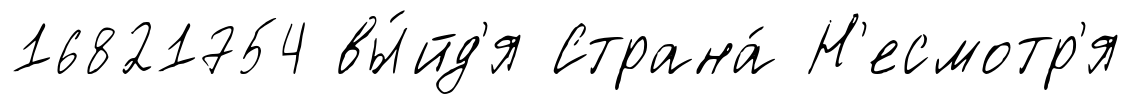
16821754 вы́йд'я Страна́ Н'есмотр'я